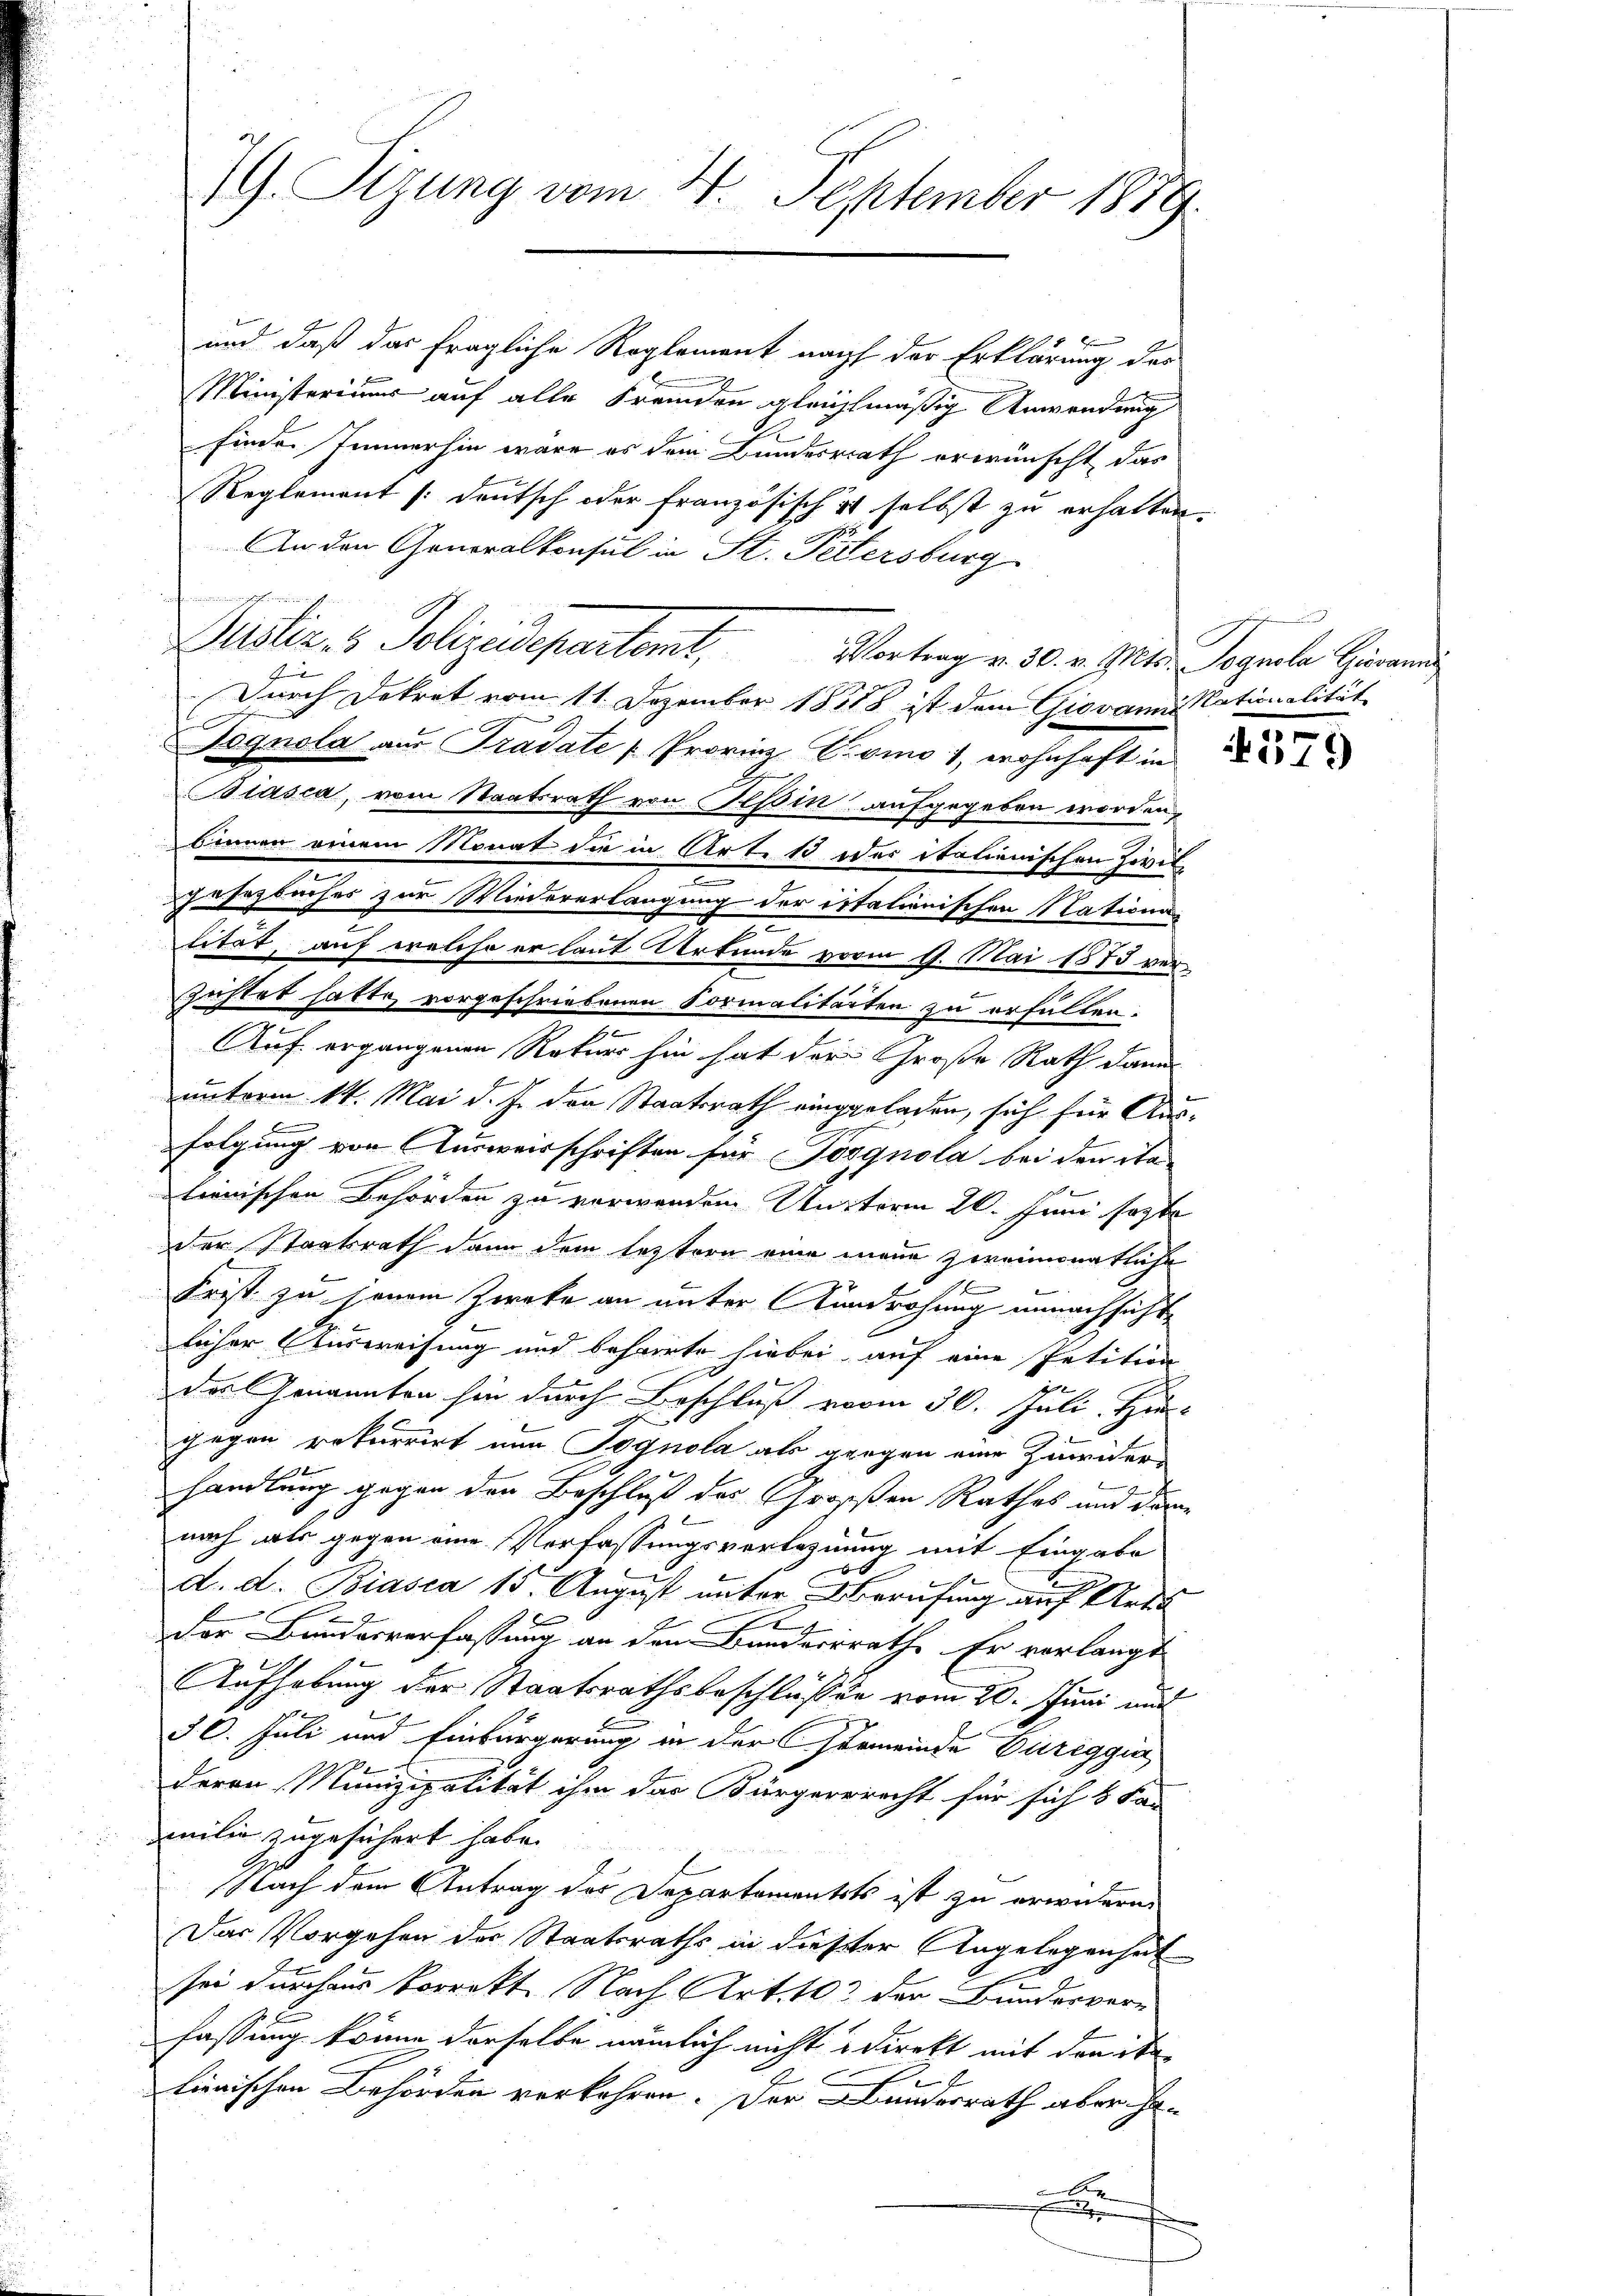
und daß das fragliche Reglement nach der Erklärung des
Ministerium auf alle Fremden gleichmäßig Anwendung
finde Immerhin wäre es dem Bundesrath erwünscht, das
Reglement deutsch oder französisch & selbst zu erhalten.
An den Generalkonsul in St. Petersburg
Durch Dekret vom 11. Dezember 18518 ist dem Giovan Nationalität
Dognola aus Pradate [Provinz Como 1, wohnhaft in
Blasia, vom Staatsrath von Teßin aufgegeben worden,
binnen einem Monat die in Art. 13 des italienischen Zivil-
.
gesetzbuches zur Wiedererlangung der italienischen Nations¬
I
titet, auf welche er laut Urkunde vom 9. Mai 1873 verv
Richtet hatte, vorgeschriebenen Formalitärten zu erfüllen.
e
Auf ergangenen Rekurs hin hat der Große Rath dann
unterm 14. Mai d. J. den Staatsrath einggeladen, sich für Ausfolgung von Ausweisschriften für Posgnola bei den ita-
lienischen Behörden zu verwenden Unterm 20. Juni sezte
der Staatsrath dann dem leztern eine mene zweimonatliche
1
Frist zu jenem Zweke an unter Androhung unnachsicht
licher Ausweisung und beharrte hiebei auf eine Petition
Das Genannten sie durch Beschluß vom 30. Juli. Hin
gegen rekurrirt nun Pognola als gegen eine Zauricher
handlung gegen den Beschluß des Großen Rathes und dann
nach als gegen eine Verfassungsverlehnung mit Eingabe

2
d. d. Biasca 15. August unter Berufung auf Art
e
Der Bunderverfassung an den Bunderrrathe Er verlangt
Aufhebung der Staatsrathsbeschlüssen vom 20. Juni mit
f
§ 6. Juli und Einbürgerung in der Gemeinde Eureggia
deren Munizipalität ihm das Bürgerrrecht für sich 5 Fa-
amilie zugesichert habe.
Nach dem Antrag des Departementsts ist zu erwidern
Das Vorgehen der Staatsraths in dieser Angelegenheit
sei durchaus korrekt Nach Art. 102 der Bundervern
fassung könne derselbe nämlich nicht direkt mit draite

lienischen Behörden verkehren. Der Bundesrath aber ha¬
Ar
.

G. Sizung vom 4. September 1889.

Justiz- & Polizeidepartont, Vortrag v. 30. v. Mts. Segenle Herrn

4579